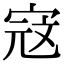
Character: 𭓾